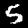
Digit: 5